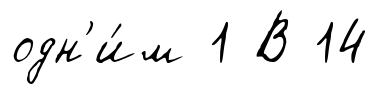
одн'и́м 1 В 14